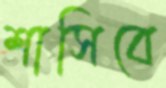
শাসিবে